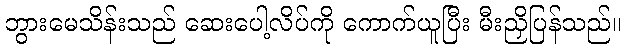
ဘွားမေသိန်းသည် ဆေးပေါ့လိပ်ကို ကောက်ယူပြီး မီးညှိပြန်သည်။